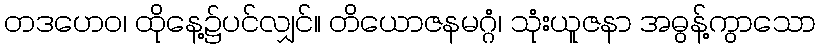
တဒဟေဝ၊ ထိုနေ့၌ပင်လျှင်။ တိယောဇနမဂ္ဂံ၊ သုံးယူဇနာ အဓွန့်ကွာသော